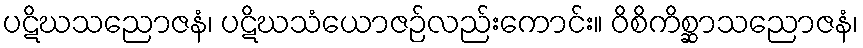
ပဋိဃသညောဇနံ၊ ပဋိဃသံယောဇဉ်လည်းကောင်း။ ဝိစိကိစ္ဆာသညောဇနံ၊